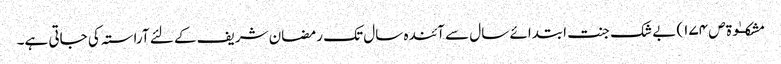
مشکــٰوۃ ص ١٧٤) بے شک جنت ابتدائے سال سے آئندہ سال تک رمضان شریف کے لئے آراستہ کی جاتی ہے۔